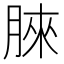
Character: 𣍿